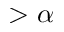
> \alpha